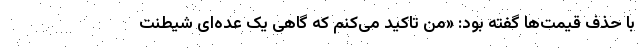
با حذف قیمت‌ها گفته بود: «من تاکید می‌کنم که گاهی یک عده‌ای شیطنت